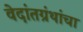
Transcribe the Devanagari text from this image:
वेदांतग्रंथांचा